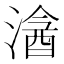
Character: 𣻦